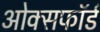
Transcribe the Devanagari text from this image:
ओक्सफॉर्ड